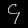
Digit: ၄